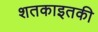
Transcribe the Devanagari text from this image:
शतकाइतकी